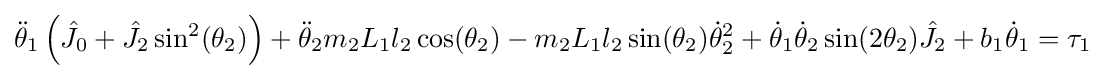
{\ddot {\theta }}_{1}\left({\hat {J_{0}}}+{\hat {J_{2}}}\sin ^{2}(\theta _{2})\right)+{\ddot {\theta }}_{2}m_{2}L_{1}l_{2}\cos(\theta _{2})-m_{2}L_{1}l_{2}\sin(\theta _{2}){\dot {\theta }}_{2}^{2}+{\dot {\theta }}_{1}{\dot {\theta }}_{2}\sin(2\theta _{2}){\hat {J_{2}}}+b_{1}{\dot {\theta }}_{1}=\tau _{1}